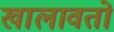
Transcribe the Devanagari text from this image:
खालावतो